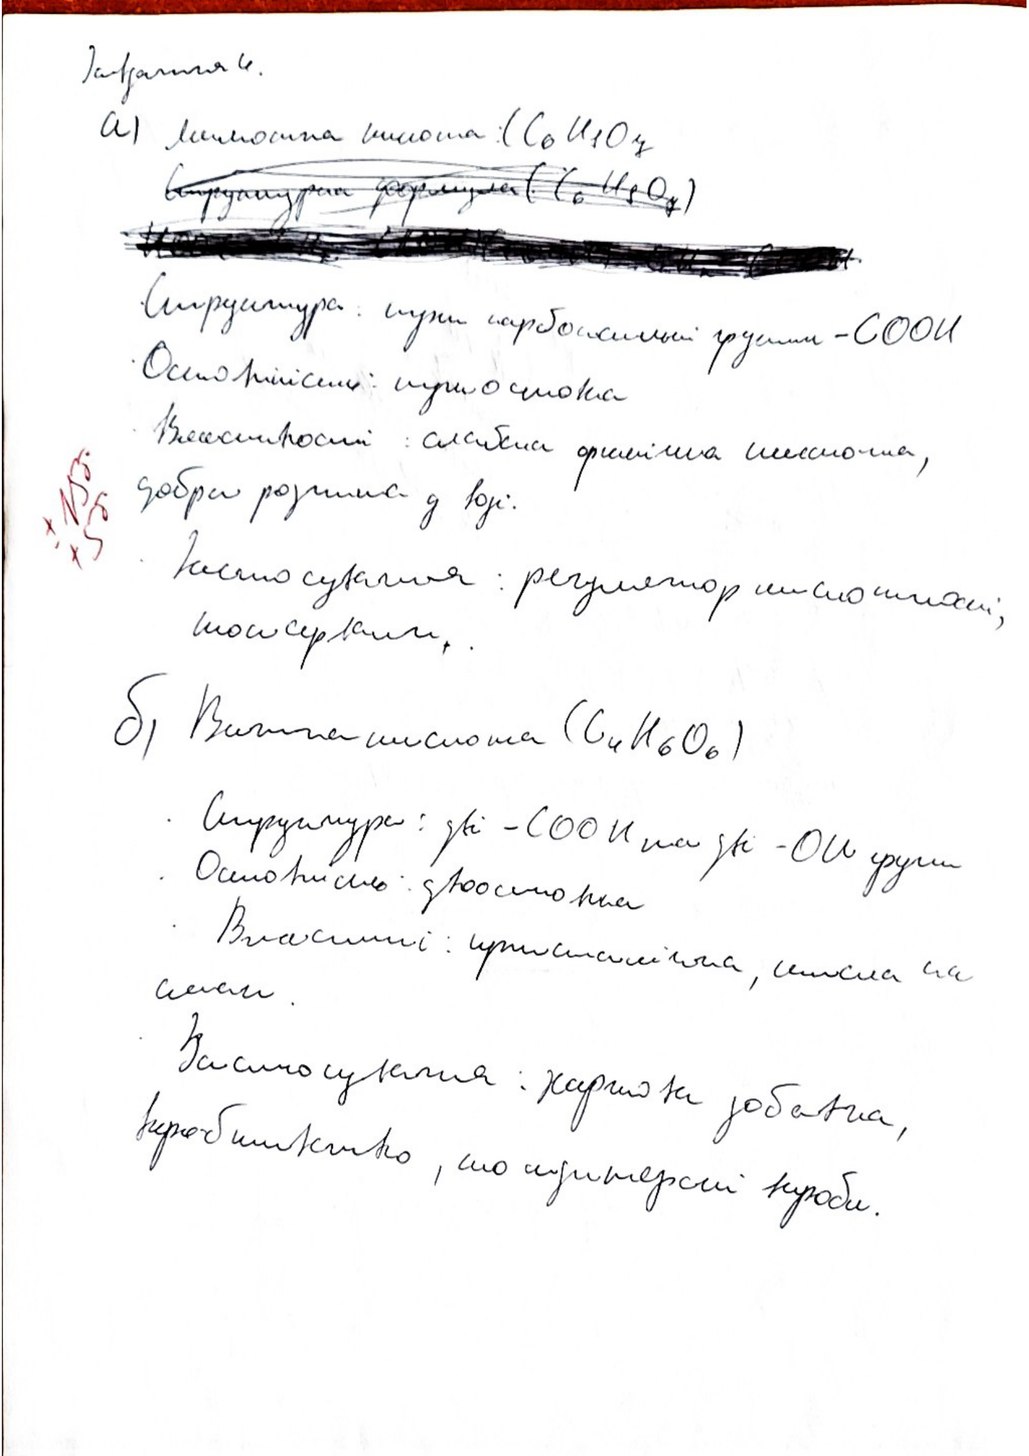
Завдання 4.
a) Лимонна кислота: (C6H8O7
~~Структурная формула (C6H8O7)~~
* Структура: [illegible] карбоксильні групи -COOH
* Властивості: слабша [illegible] кислота,
± 15б +5б
добре розчина у воді.
* Застосування : регулятор кислотності,
консервант.
б) Винна кислота (C4H6O6)
· Структура: дві -COOH та дві -OH групи
· Властивості: кристалічна, кисла на
смак.
· Застосуваня:  харчова добавка,
виробництво,  кондитерські вироби.